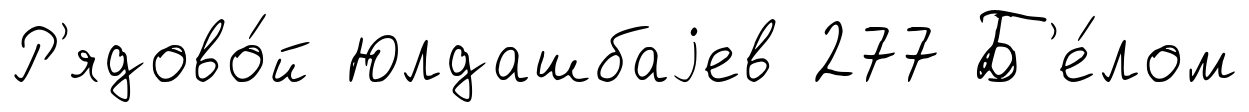
Р'ядово́й Юлдашбаjев 277 Б'е́лом